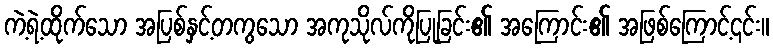
ကဲ့ရဲ့ထိုက်သော အပြစ်နှင့်တကွသော အကုသိုလ်ကိုပြုခြင်း၏ အကြောင်း၏ အဖြစ်ကြောင့်၎င်း။